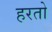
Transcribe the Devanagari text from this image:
हरतो